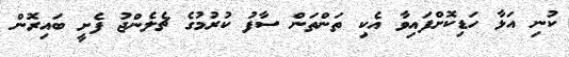
ކުނި އަޅާ ހަޑިކޮށްފައިވާ އެކި ތަންތަން ސާފު ކުރުމުގެ ޗެލެންޖު ފެށީ ބައިރޮން